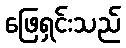
ဖြေရှင်းသည်